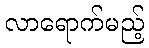
လာရောက်မည့်